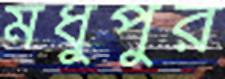
মধুপুর